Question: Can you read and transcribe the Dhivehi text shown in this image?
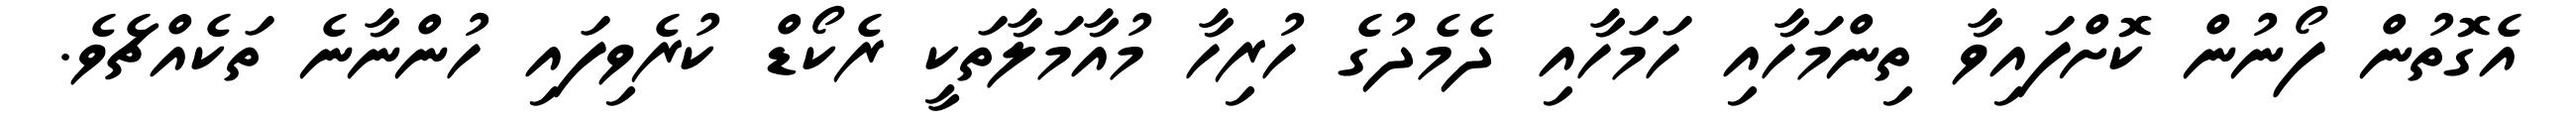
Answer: އެގޮތުން ފޯނުން ކޮށްފައިވާ ތިންމަހާއި ހަމަހާއި ދެމެދުގެ ހުރިހާ މުއާމަލާތަކީ ރެކޯޑް ކުރެވިފައި ހުންނާނެ ތަކެއްޗެވެ.